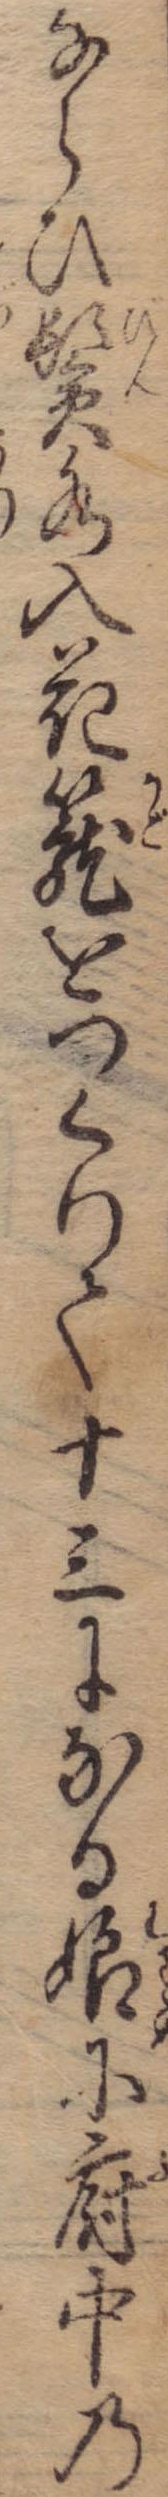
ならひ鬢水入花篭をつくりて十三になる娘に府中の